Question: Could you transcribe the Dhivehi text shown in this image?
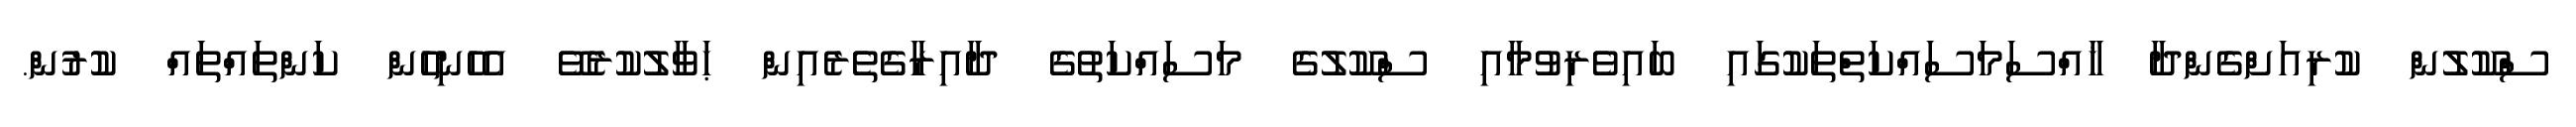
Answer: ސްކޫލުން ކުރިއަށްގެންދާ ޚާއްސަމަސައްކަތްތަކުގައި ބައިވެރިވުމާއި ސްކޫލުގެ މަސައްކަތުގެ ދާއިރާގެތެރެއިން ޙަވާލުކުރެވޭ އެހެނިހެން ކަންތައްތައް ކުރުން.